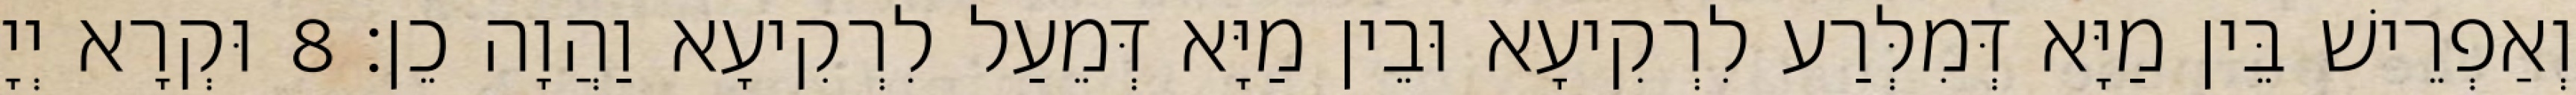
וְאַפְרֵישׁ בֵּין מַיָּא דְּמִלְּרַע לִרְקִיעָא וּבֵין מַיָּא דְּמֵעַל לִרְקִיעָא וַהֲוָה כֵן׃ 8 וּקְרָא יְיָ